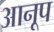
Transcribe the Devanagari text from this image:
आनूप